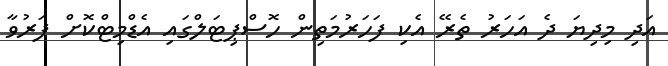
އަދި މިދިޔަ ދެ އަހަރު ތެރޭ އެކި ފަހަރުމަތިން ހޮސްޕިޓަލްގައި އެޑްމިޓްކޮށް ފަރުވާ